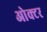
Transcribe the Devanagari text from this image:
ओक्टर